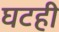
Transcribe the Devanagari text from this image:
घटही